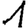
Digit: 1